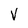
Character: V